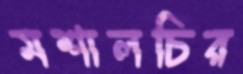
মশালচির